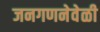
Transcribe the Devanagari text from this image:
जनगणनेवेळी